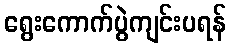
ရွေးကောက်ပွဲကျင်းပရန်